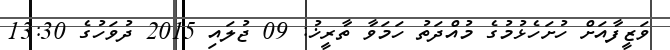
ވަޒީފާއަށް ހުށަހެޅުމުގެ މުއްދަތު ހަމަވާ ތާރީޚު: 09 ޖުލައި 2015 ދުވަހުގެ 13:30